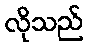
လိုသည်